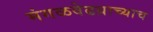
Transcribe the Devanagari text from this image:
मंगळवेढय़ाच्याच